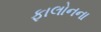
ફાલોનના